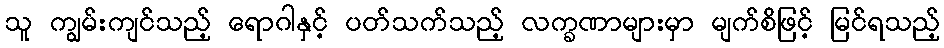
သူ ကျွမ်းကျင်သည့် ရောဂါနှင့် ပတ်သက်သည့် လက္ခဏာများမှာ မျက်စိဖြင့် မြင်ရသည့်